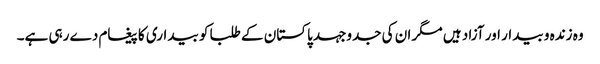
وہ زندہ و بیدار اور آزاد ہیں مگر ان کی جدوجہد پاکستان کے طلبا کو بیداری کا پیغام دے رہی ہے۔